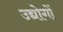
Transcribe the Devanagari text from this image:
उद्योगोंं